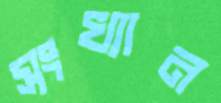
সংখ্যান